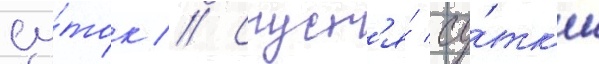
су́ток // Спуст'я́ су́тк'и